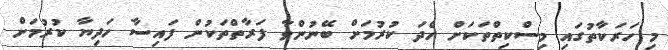
މި ހަރަކާތުގައި މިސްކިތްތަކަށް ހެދަ ކުރުމަށް ބޭނުންވާ ފަރާތްތަކުން ފައިސާ ހަދިޔާ ކުރުމަށް